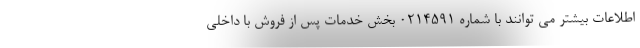
اطلاعات بیشتر می توانند با شماره 0214591 بخش خدمات پس از فروش با داخلی